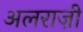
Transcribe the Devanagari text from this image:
अलराज़ी